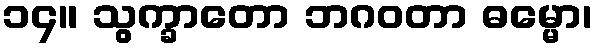
၁၄။ သွက္ခာတော ဘဂဝတာ ဓမ္မော၊